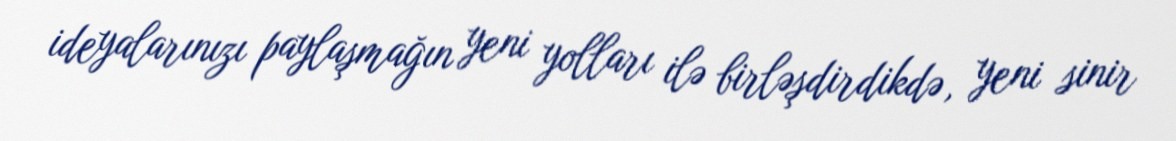
ideyalarınızı paylaşmağın yeni yolları ilə birləşdirdikdə, yeni sinir